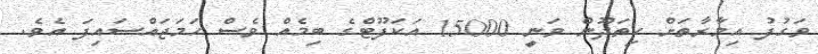
ވަގުފު އިމާރާތަށް ހިތަދޫން ވަނީ 15000 އަކަފޫޓްގެ ބިމެއް ވެސް ހަމަޖައްސައިފަ އެވެ.